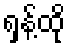
ရှန့်ထို